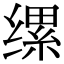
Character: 缧